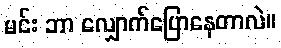
မင်း ဘာ လျှောက်ပြောနေတာလဲ။